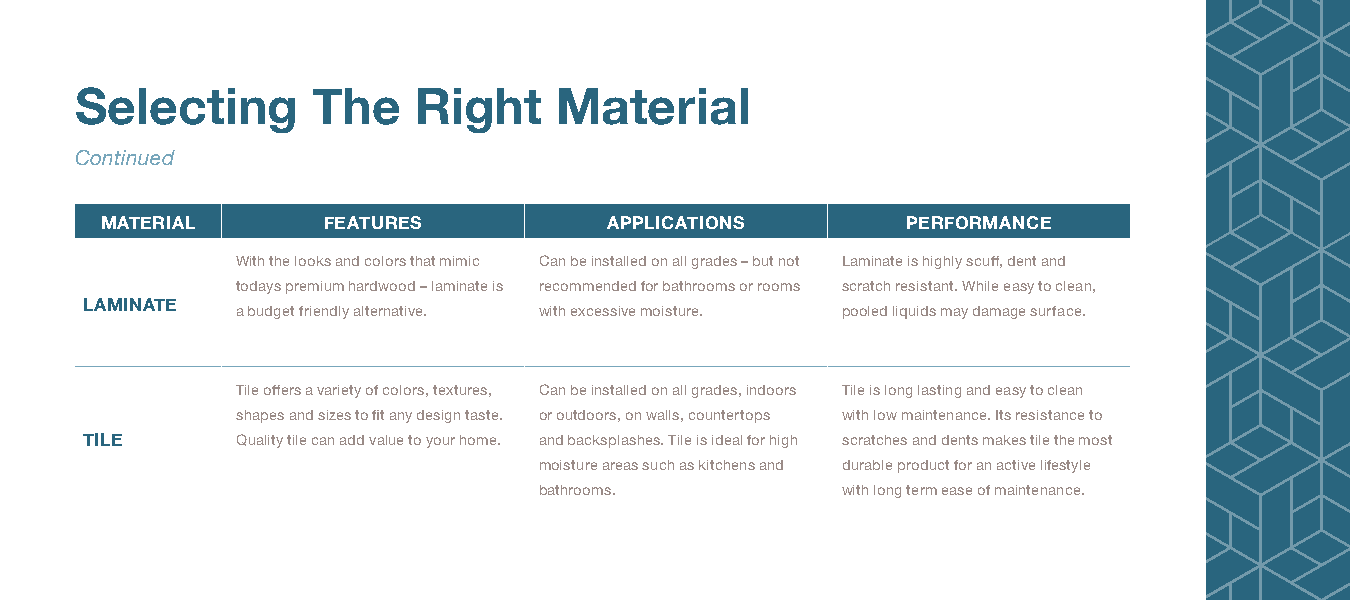
Selecting       The    Right    Material
 Continued
 MATERIAL      FEATURES           APPLICATIONS        PERFORMANCE
 With the looks and colors that mimic Can be installed on all grades – but not Laminate is highly scuff, dent and
 todays premium hardwood – laminate is recommended for bathrooms or rooms scratch resistant. While easy to clean,
 LAMINATE
 a budget friendly alternative. with excessive moisture. pooled liquids may damage surface.
 Tile offers a variety of colors, textures, Can be installed on all grades, indoors Tile is long lasting and easy to clean
 shapes and sizes to fit any design taste. or outdoors, on walls, countertops with low maintenance. Its resistance to
 TILE      Quality tile can add value to your home. and backsplashes. Tile is ideal for high scratches and dents makes tile the most
 moisture areas such as kitchens and durable product for an active lifestyle
 bathrooms.          with long term ease of maintenance.